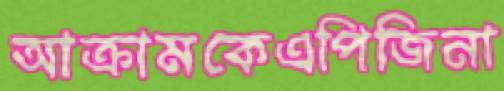
আক্রামকেএপিজিনা